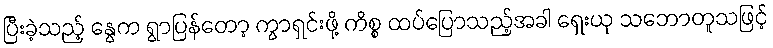
ပြီးခဲ့သည့် နွေက ရွာပြန်တော့ ကွာရှင်းဖို့ ကိစ္စ ထပ်ပြောသည့်အခါ ရှေးယု သဘောတူသဖြင့်